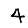
Digit: 4